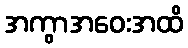
အကွာအဝေးအထိ